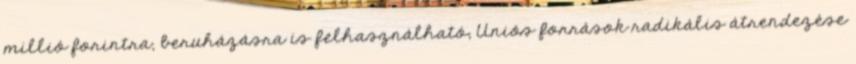
millió forintra, beruházásra is felhasználható; Uniós források radikális átrendezése